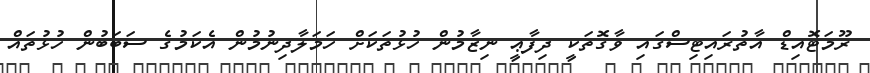
ރޫމަޓޮއިޑް އާތުރައިޓިސްގައި ވާގޮތަކީ ދިފާޢީ ނިޒާމުން ހުޅުތަކަށް ހަމަލާދިނުމުން އެކަމުގެ ސަބަބުން ހުޅުތައް